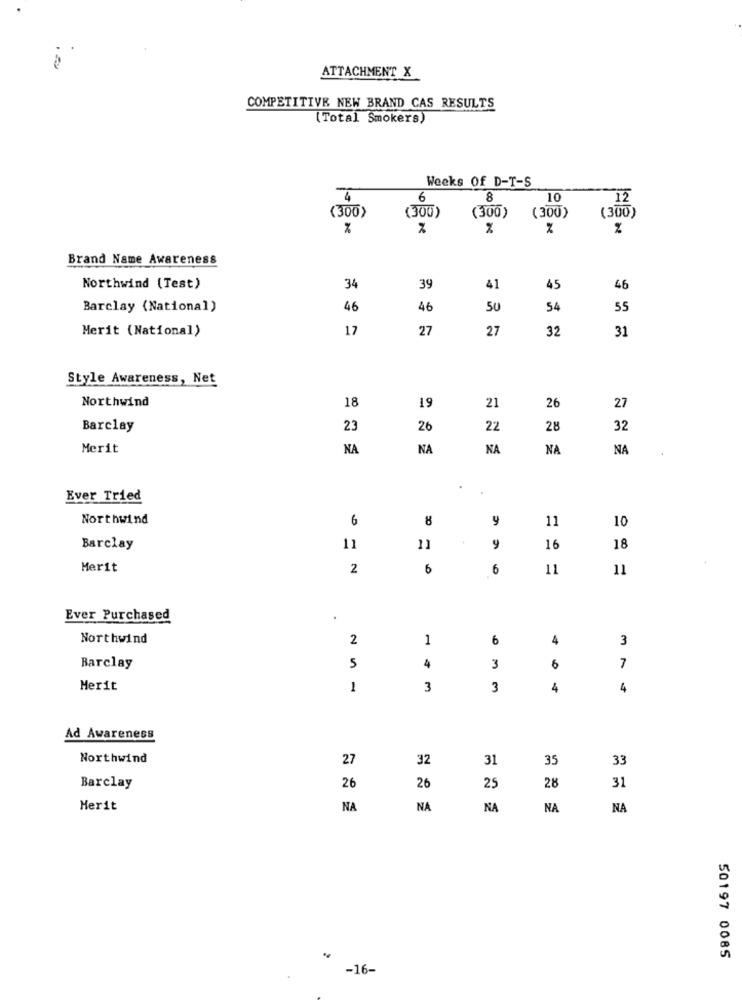
ATTACHMENT X
COMPETITIVE NEW BRAND CAS RESULTS
(Total Smokers)
Weeks Of D-T-S
6
8
10
12
(300)
(300)
(300)
(300)
(300)
%
Brand Name Awareness
Northwind (Test)
34
39
41
45
46
Barclay (National)
46
46
50
54
55
Merit (National)
17
27
27
32
31
Style Awareness, Net
Northwind
18
19
21
26
27
Barclay
23
26
22
28
32
Merit
NA
NA
NA
NA
NA
Ever Tried
Northwind
6
8
y
11
10
Barclay
11
11
16
18
Merit
2
6
6
11
11
Ever Purchased
Northwind
2
1
6
4
3
Barclay
5
4
3
6
7
Merit
1
3
3
4
4
Ad Awareness
Northwind
27
32
31
35
33
Barclay
26
26
25
28
31
Herit
NA
NA
NA
NA
NA
50197 0085
-16-